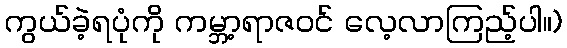
ကွယ်ခဲ့ရပုံကို ကမ္ဘာ့ရာဇဝင် လေ့လာကြည့်ပါ။)